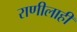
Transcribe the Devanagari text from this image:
राणीलाही